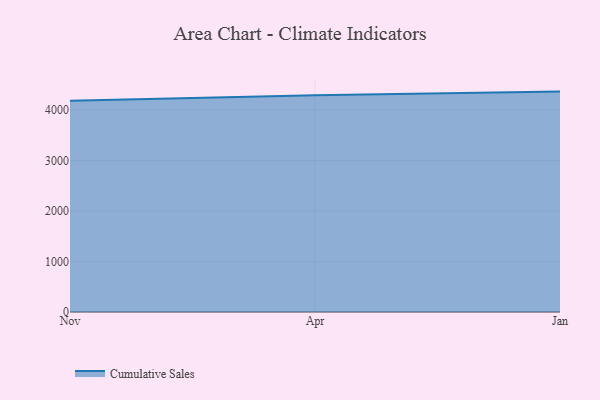
{"axis": {"x": "Month", "y": "Latency (ms)"}, "legend": ["Cumulative Sales"], "data": [{"x": "Nov", "y": 4182.5, "type": "Cumulative Sales"}, {"x": "Apr", "y": 4292.5, "type": "Cumulative Sales"}, {"x": "Jan", "y": 4366.1, "type": "Cumulative Sales"}]}